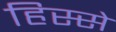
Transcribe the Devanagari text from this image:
हिस्‍स्‍ो